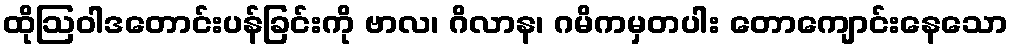
ထိုဩဝါဒတောင်းပန်ခြင်းကို ဗာလ၊ ဂိလာန၊ ဂမိကမှတပါး တောကျောင်းနေသော